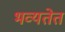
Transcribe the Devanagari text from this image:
भव्यतेत